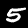
Label: 5